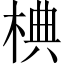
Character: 椣